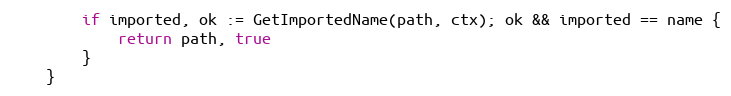
Language: Go
		if imported, ok := GetImportedName(path, ctx); ok && imported == name {
			return path, true
		}
	}